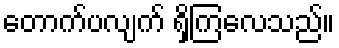
တောက်ပလျက် ရှိကြလေသည်။